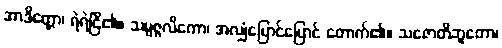
အာဒိတ္တော၊ ရဲရဲငြိ၏။ သမ္ပဇ္ဇလိကော၊ အလျှံပြောင်ပြောင် တောက်၏။ သဇောတိဘူတော၊